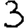
Digit: 3